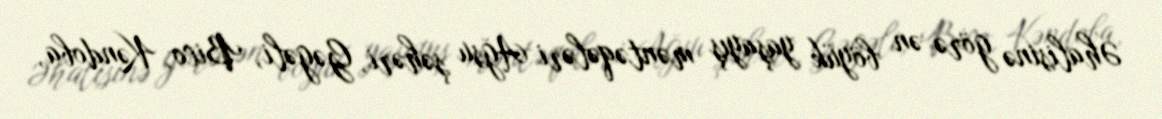
Əhalisinə görə ən böyük yaşayış məntəqələri Ağsu şəhəri, Gəgəli, Bico, Kəndoba,